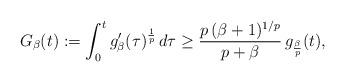
LaTeX: \begin{align*}G_\beta(t):=\int_0^t g_\beta'(\tau)^{\frac{1}{p}}\, d\tau\geq \frac{p\,(\beta+1)^{1/p}}{p+\beta}\, g_{\frac{\beta}{p}}(t),\end{align*}